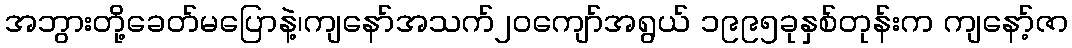
အဘွားတို့ခေတ်မပြောနဲ့၊ကျနော်အသက်၂၀ကျော်အရွယ် ၁၉၉၅ခုနှစ်တုန်းက ကျနော့်ဇာ